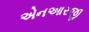
એનઆરજી